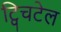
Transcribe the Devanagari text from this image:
ट्विचटेल